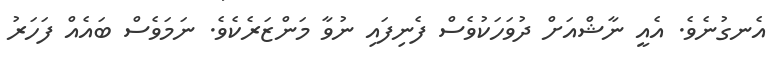
އެނގުނެވެ. އެއީ ނާޝްއަށް ދުވަހަކުވެސް ފެނިފައި ނުވާ މަންޒަރެކެވެ. ނަމަވެސް ބައެއް ފަހަރު